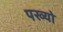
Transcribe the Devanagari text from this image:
पख्‍यो